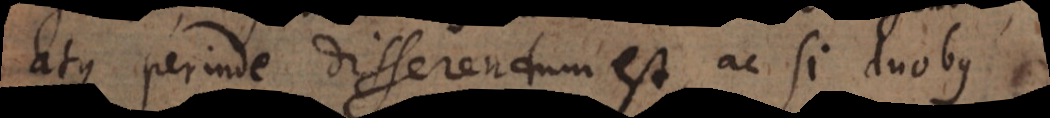
atque perinde disserendum est, ac si duobus